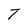
Character: T